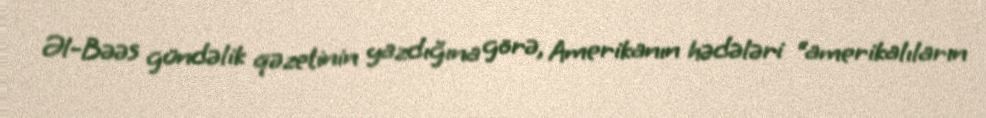
Əl-Bəəs gündəlik qəzetinin yazdığına görə, Amerikanın hədələri “amerikalıların